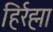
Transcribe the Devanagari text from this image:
हिर्रह्मा